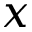
x